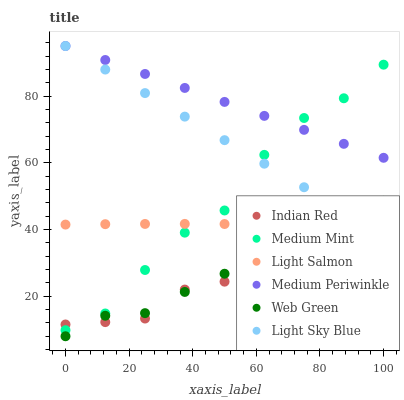
| xaxis_label | Indian Red | Medium Mint | Light Salmon | Medium Periwinkle | Web Green | Light Sky Blue |
 | --- | --- | --- | --- | --- | --- | --- |
 | 0 | 11.5 | 9.82 | 41.5 | 95 | 8 | 95 |
 | 12.5 | 12.2 | 14.8 | 41.6 | 90.8 | 14.1 | 87.9 |
 | 25 | 13.3 | 27.9 | 41.7 | 86.6 | 14.9 | 80.9 |
 | 37.5 | 22 | 39.1 | 41.7 | 82.4 | 21.3 | 73.8 |
 | 50 | 24.4 | 45.7 | 41.6 | 78.2 | 26.7 | 66.8 |
 | 62.5 | 24.1 | 62.4 | 41.5 | 74.1 | 32.9 | 59.7 |
 | 75 | 25.8 | 73.4 | 41.4 | 69.9 | 37.8 | 52.7 |
 | 87.5 | 31.4 | 79.3 | 41.2 | 65.7 | 37.3 | 45.6 |
 | 100 | 37.6 | 89.4 | 41 | 61.5 | 48.6 | 38.6 |